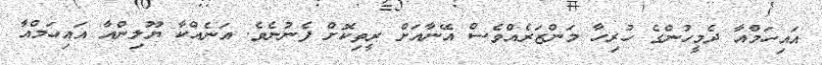
އައިހަމްއާ ދެމީހުންގެ ހުރިހާ މަންޒަރެއްވެސް އޭނާއަށް ރީތިކޮށް ފެނުނެވެ. އަނެއްކާ ޔޫލިންއާ އައިހަމްއާ